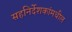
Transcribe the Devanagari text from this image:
सहनिर्देशकांमधील